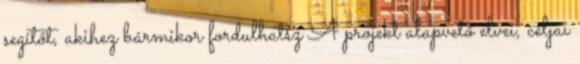
segítőt, akihez bármikor fordulhatsz A projekt alapvető elvei, céljai